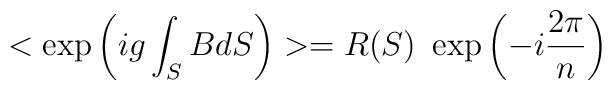
<\exp\left(ig\int_SBdS\right)>=R(S)~  \exp\left(-i\frac{2\pi}{n}\right)